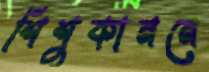
শিশুকাননে